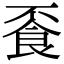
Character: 䬩